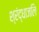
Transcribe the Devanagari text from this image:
श्रंद्धाजलि